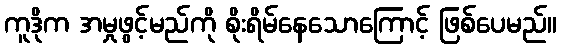
ကူဒိုက အမှုဖွင့်မည်ကို စိုးရိမ်နေသောကြောင့် ဖြစ်ပေမည်။